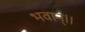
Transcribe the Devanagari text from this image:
भवान्।।